Report on the administration of the Government Cinchona Department 1892-98
Year: 1892
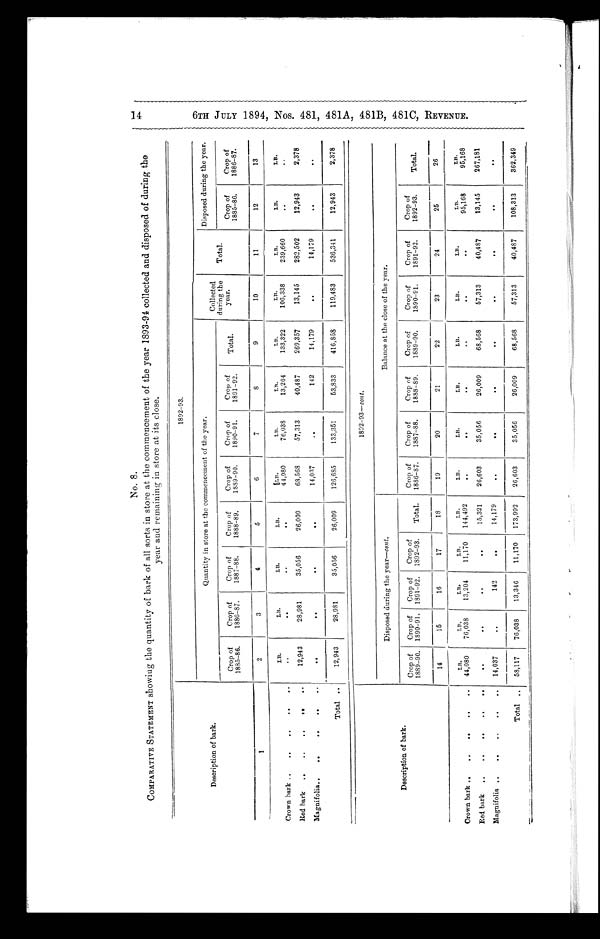
No. 8.
COMPARATIVE STATEMENT showing the quantity of bark of all sorts in store at the commencement of the year 1893-94 collected and disposed of during the
year and remaining in store at its close.
1892-93.
Quantity in store at the commencement of the year.
Disposed during the year.
Description of ba rk.
Collected
____
during the
Total.
Crop of
Crop of
Crop of
Crop of
Crop of
Crop of
Crop of
Total.
year.
Crop of
Crop of
1885-86.
1886-87.
1887-88.
1888-89.
1859-90.
1890-91.
1891-92.
1885-86.
1886-87.
1
2
3
4
5
6
7
8
9
10
11
12
13
LB.
LB.
LB.
LB.
L B .
LB.
LB.
LB.
LB.
LB.
LB.
LB.
Crown bark
..
..
..
..
..
44,080
76,038
13,204
133,322
106,338
239,660
Red bark
..
..
..
..
..
12,943
28,981
35,056
26,009
68,568
57,313
40,487
269,357
13,145
282,502
12,943
2,378
Magnifolia..
..
..
..
..
..
1 4 , 0 3 7
. .
142
14,179
..
14,179
. .
..
Total ..
12,943
28,981
35,056
26,009
126,685
133,351
53,833
416,858
119,483
536,341
12,943
2,378
---- -
1892-93- cont .
Description of bark.
Disposed during the year__coal.
Balance at the close of the year.
Crop of
Crop of
Crop of
Crop of
Crop of
Crop of
Crop of
Crop of
Crop of
Crop of
Crop of
1889-90.
1890-91.
1891-92.
1892-93.
Total.
1886-87.
1887-88.
1888-89.
1889-90.
1890-91.
1891-92.
1892-93.
Total.
14
15
16
17
18
19
20
21
22
23
24
25
26
LB.
LB.
LB.
LB.
LB.
LB.
LB.
LB.
LB.
LB.
LB.
LB.
LB.
Crown bark ..
..
..
..
..
44,080
76,038
13,204
11,170
144,492
. .
. .
..
. .
. .
95,168
95,168
Red bark
..
..
..
..
..
. .
..
. .
00
15,321
26,603
35,056
26,009
68,568
57,313
40,487
13,145
267,181
Magnifolia ..
..
..
..
..
14,037
142
..
14,179
.
.
..
Total ..
58,117
76,038
13,346
11,170
173,992
26,603
35,056
26,009
68,568
57,313
40,487
108,313
362,349
____
14
6TH
H
1:4
t-4
1-,
8
9 o
Ct
co
8)
4- c8
EP
GO
CD
(u